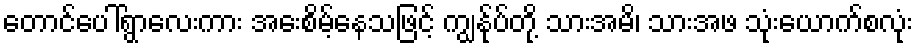
တောင်ပေါ်ရွာလေးကား အေးစိမ့်နေသဖြင့် ကျွန်ုပ်တို့ သားအမိ၊ သားအဖ သုံးယောက်စလုံး